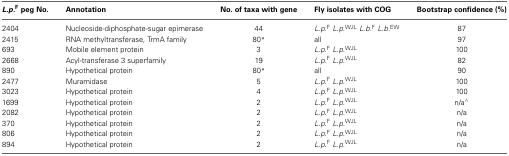
<table><thead><tr><td><b><i>L.p</i>.<sup>F</sup> peg No.</b></td><td><b>Annotation</b></td><td><b>No. of taxa with gene</b></td><td><b>Fly isolates with COG</b></td><td><b>Bootstrap confidence (%)</b></td></tr></thead><tbody><tr><td>2404</td><td>Nucleoside-diphosphate-sugar epimerase</td><td>44</td><td><i>L.p</i>.<sup>F</sup><i>L.p</i>.<sup>WJL</sup><i>L.b</i>.<sup>F</sup><i>L.b</i>.<sup>EW</sup></td><td>87</td></tr><tr><td>2415</td><td>RNA methyltransferase, TrmA family</td><td>80<sup>*</sup></td><td>all</td><td>97</td></tr><tr><td>693</td><td>Mobile element protein</td><td>3</td><td><i>L.p</i>.<sup>F</sup><i>L.p</i>.<sup>WJL</sup></td><td>100</td></tr><tr><td>2668</td><td>Acyl-transferase 3 superfamily</td><td>19</td><td><i>L.p</i>.<sup>F</sup><i>L.p</i>.<sup>WJL</sup></td><td>82</td></tr><tr><td>890</td><td>Hypothetical protein</td><td>80<sup>*</sup></td><td>all</td><td>90</td></tr><tr><td>2477</td><td>Muramidase</td><td>5</td><td><i>L.p</i>.<sup>F</sup><i>L.p</i>.<sup>WJL</sup></td><td>100</td></tr><tr><td>3023</td><td>Hypothetical protein</td><td>4</td><td><i>L.p</i>.<sup>F</sup><i>L.p</i>.<sup>WJL</sup></td><td>100</td></tr><tr><td>1699</td><td>Hypothetical protein</td><td>2</td><td><i>L.p</i>.<sup>F</sup><i>L.p</i>.<sup>WJL</sup></td><td>n/a<sup>∧</sup></td></tr><tr><td>2082</td><td>Hypothetical protein</td><td>2</td><td><i>L.p</i>.<sup>F</sup><i>L.p</i>.<sup>WJL</sup></td><td>n/a</td></tr><tr><td>370</td><td>Hypothetical protein</td><td>2</td><td><i>L.p</i>.<sup>F</sup><i>L.p</i>.<sup>WJL</sup></td><td>n/a</td></tr><tr><td>806</td><td>Hypothetical protein</td><td>2</td><td><i>L.p</i>.<sup>F</sup><i>L.p</i>.<sup>WJL</sup></td><td>n/a</td></tr><tr><td>894</td><td>Hypothetical protein</td><td>2</td><td><i>L.p</i>.<sup>F</sup><i>L.p</i>.<sup>WJL</sup></td><td>n/a</td></tr></tbody></table>